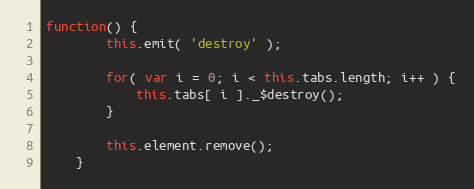
Language: JavaScript
function() {
		this.emit( 'destroy' );

		for( var i = 0; i < this.tabs.length; i++ ) {
			this.tabs[ i ]._$destroy();
		}

		this.element.remove();
	}